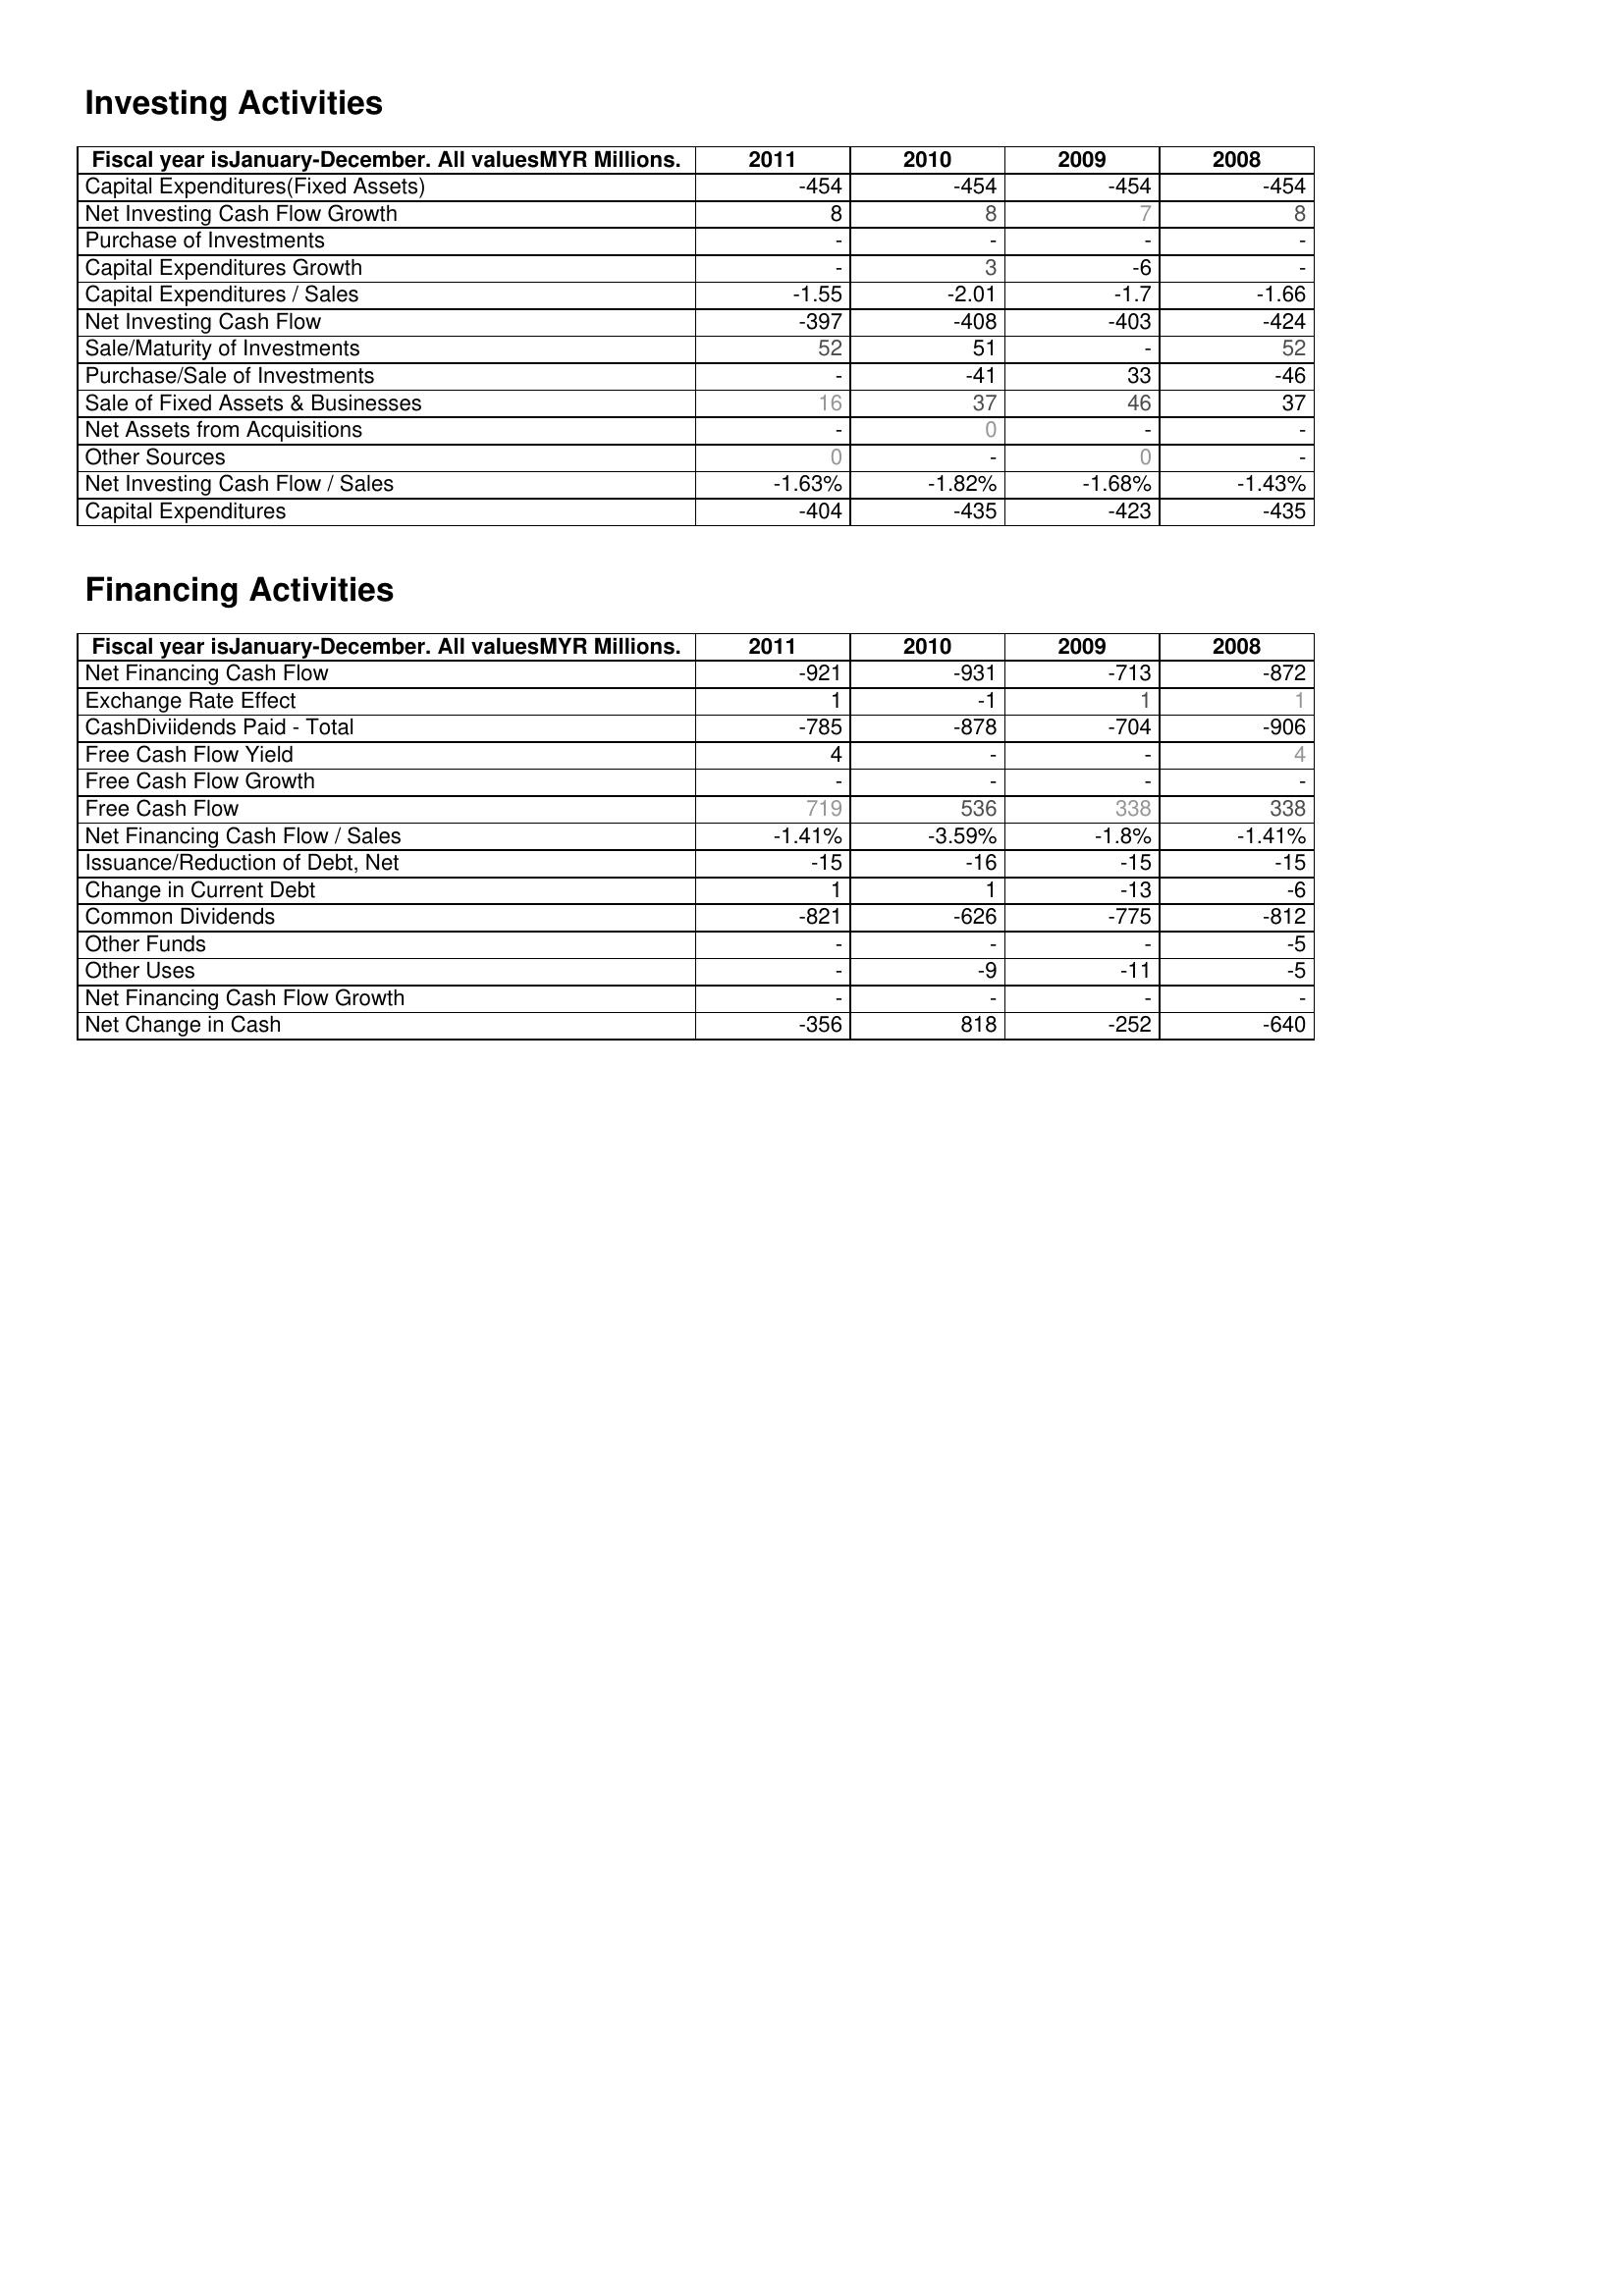
2011: Investing Activities: Capital Expenditures(Fixed Assets): -454
Net Investing Cash Flow Growth: 8
Purchase of Investments: -
Capital Expenditures Growth: -
Capital Expenditures / Sales: -1.55
Net Investing Cash Flow: -397
Sale/Maturity of Investments: 52
Purchase/Sale of Investments: -
Sale of Fixed Assets & Businesses: 16
Net Assets from Acquisitions: -
Other Sources: 0
Net Investing Cash Flow / Sales: -1.63%
Capital Expenditures: -404
Financing Activities: Net Financing Cash Flow: -921
Exchange Rate Effect: 1
CashDiviidends Paid - Total: -785
Free Cash Flow Yield: 4
Free Cash Flow Growth: -
Free Cash Flow: 719
Net Financing Cash Flow / Sales: -1.41%
Issuance/Reduction of Debt, Net: -15
Change in Current Debt: 1
Common Dividends: -821
Other Funds: -
Other Uses: -
Net Financing Cash Flow Growth: -
Net Change in Cash: -356
2010: Investing Activities: Capital Expenditures(Fixed Assets): -454
Net Investing Cash Flow Growth: 8
Purchase of Investments: -
Capital Expenditures Growth: 3
Capital Expenditures / Sales: -2.01
Net Investing Cash Flow: -408
Sale/Maturity of Investments: 51
Purchase/Sale of Investments: -41
Sale of Fixed Assets & Businesses: 37
Net Assets from Acquisitions: 0
Other Sources: -
Net Investing Cash Flow / Sales: -1.82%
Capital Expenditures: -435
Financing Activities: Net Financing Cash Flow: -931
Exchange Rate Effect: -1
CashDiviidends Paid - Total: -878
Free Cash Flow Yield: -
Free Cash Flow Growth: -
Free Cash Flow: 536
Net Financing Cash Flow / Sales: -3.59%
Issuance/Reduction of Debt, Net: -16
Change in Current Debt: 1
Common Dividends: -626
Other Funds: -
Other Uses: -9
Net Financing Cash Flow Growth: -
Net Change in Cash: 818
2009: Investing Activities: Capital Expenditures(Fixed Assets): -454
Net Investing Cash Flow Growth: 7
Purchase of Investments: -
Capital Expenditures Growth: -6
Capital Expenditures / Sales: -1.7
Net Investing Cash Flow: -403
Sale/Maturity of Investments: -
Purchase/Sale of Investments: 33
Sale of Fixed Assets & Businesses: 46
Net Assets from Acquisitions: -
Other Sources: 0
Net Investing Cash Flow / Sales: -1.68%
Capital Expenditures: -423
Financing Activities: Net Financing Cash Flow: -713
Exchange Rate Effect: 1
CashDiviidends Paid - Total: -704
Free Cash Flow Yield: -
Free Cash Flow Growth: -
Free Cash Flow: 338
Net Financing Cash Flow / Sales: -1.8%
Issuance/Reduction of Debt, Net: -15
Change in Current Debt: -13
Common Dividends: -775
Other Funds: -
Other Uses: -11
Net Financing Cash Flow Growth: -
Net Change in Cash: -252
2008: Investing Activities: Capital Expenditures(Fixed Assets): -454
Net Investing Cash Flow Growth: 8
Purchase of Investments: -
Capital Expenditures Growth: -
Capital Expenditures / Sales: -1.66
Net Investing Cash Flow: -424
Sale/Maturity of Investments: 52
Purchase/Sale of Investments: -46
Sale of Fixed Assets & Businesses: 37
Net Assets from Acquisitions: -
Other Sources: -
Net Investing Cash Flow / Sales: -1.43%
Capital Expenditures: -435
Financing Activities: Net Financing Cash Flow: -872
Exchange Rate Effect: 1
CashDiviidends Paid - Total: -906
Free Cash Flow Yield: 4
Free Cash Flow Growth: -
Free Cash Flow: 338
Net Financing Cash Flow / Sales: -1.41%
Issuance/Reduction of Debt, Net: -15
Change in Current Debt: -6
Common Dividends: -812
Other Funds: -5
Other Uses: -5
Net Financing Cash Flow Growth: -
Net Change in Cash: -640